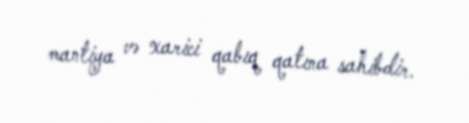
mantiya və xarici qabıq qatına sahibdir.